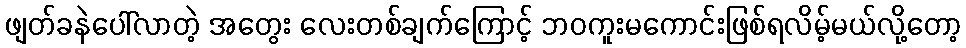
ဖျတ်ခနဲပေါ်လာတဲ့ အတွေး လေးတစ်ချက်ကြောင့် ဘဝကူးမကောင်းဖြစ်ရလိမ့်မယ်လို့တော့